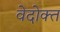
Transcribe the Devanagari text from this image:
वेदोक्‍त